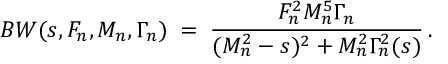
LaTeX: B W ( s , F _ { n } , M _ { n } , \Gamma _ { n } ) \; = \; \frac { F _ { n } ^ { 2 } M _ { n } ^ { 5 } \Gamma _ { n } } { ( M _ { n } ^ { 2 } - s ) ^ { 2 } + M _ { n } ^ { 2 } \Gamma _ { n } ^ { 2 } ( s ) } \, .